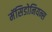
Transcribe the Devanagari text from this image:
मॅसिडोनियन्स